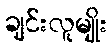
ချင်းလူမျိုး